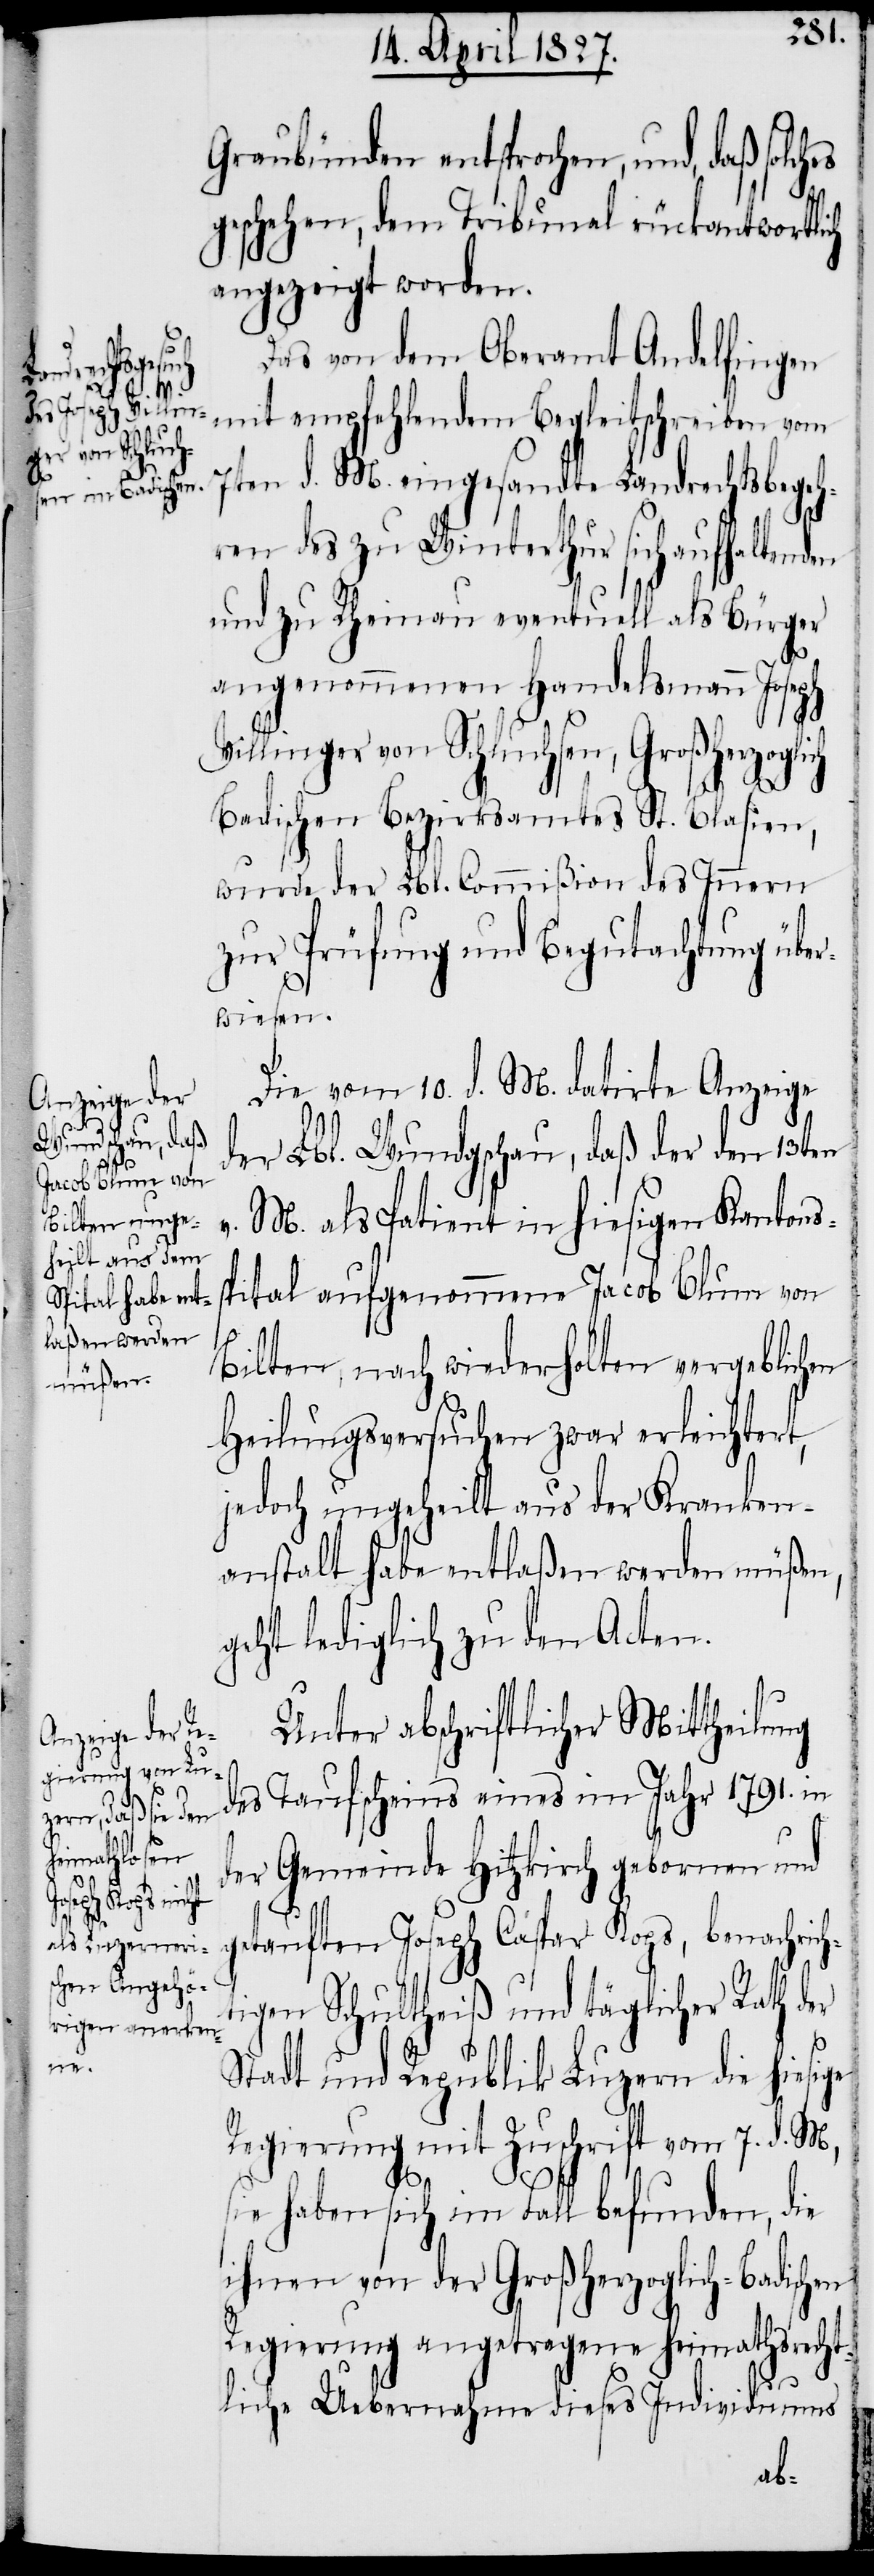
den

Graubünden entsprochen, und, daß solch¬
geschehen, dem Tribunal rückantwortlich
angezeigt worden.
Das von dem Oberamt Andelfingen
mit empfehlendem Begleitschreiben vom
7ten d. M. eingesandte Landrechtsbegeh¬
ren des zu Winterthur sich aufhalten¬
und zu Rheinau eventuell als Bürger
angenommenen Handelsmann Joseph
Villinger von Schluchsen, Großherzoglich
Badischen Bezirksamtes St. Blasien,
wurde der Lbl. Commißion des Innern
zur Prüfung und Begutachtung über¬
wiesen.
Die vom 10. d. M. datirte Anzeige
der Lbl. Wundschau, daß der den 13ten
v. M. als Patient in hiesigen Kantons¬
pital aufgenommene Jacob Blum von
ge
Bilten, nach wiederholten vergeblichen
Heilungsversuchen zwar erleichtert,
jedoch ungeheilt aus der Kranken¬
anstalt habe entlaßen werden müßen,
geht lediglich zu den Acten.
Unter schriftlicher Mittheilung
des Taufscheins eines im Jahr 1791. in
der Gemeinde Hitzkirch gebornen und
getauften Joseph Caspar Kops, benachric¬
igten Schultheiß und täglicher Rath der
Stadt und Republik Luzern die hiesi¬
Regierung mit Zuschrift vom 7. d. M,
sie haben sich im Fall befunden, die
ihnen von der Großherzoglich-Badischen
Regierung angetragene heimathsrecht¬
liche Uebernahme dieses Individuums